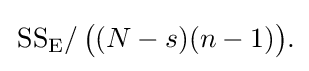
{\textstyle \left.{\text{SS}}_{\text{E}}\right/{\big (}(N-s)(n-1){\big )}.}